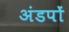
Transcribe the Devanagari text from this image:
अंडपों